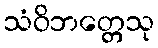
သံဝိဘတ္တေသု